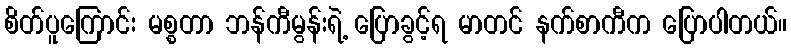
စိတ်ပူကြောင်း မစ္စတာ ဘန်ကီမွန်းရဲ့ ပြောခွင့်ရ မာတင် နက်စာကီက ပြောပါတယ်။